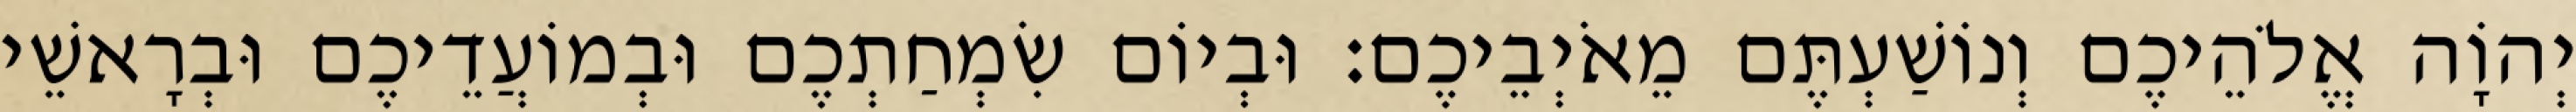
יְהוָֹה אֱלֹהֵיכֶם וְנוֹשַׁעְתֶּם מֵאֹיְבֵיכֶם׃ וּבְיוֹם שִׂמְחַתְכֶם וּבְמוֹעֲדֵיכֶם וּבְרָאשֵׁי